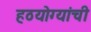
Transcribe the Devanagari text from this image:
हठयोग्यांची